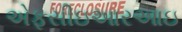
એફસીઇઆરઆઇ